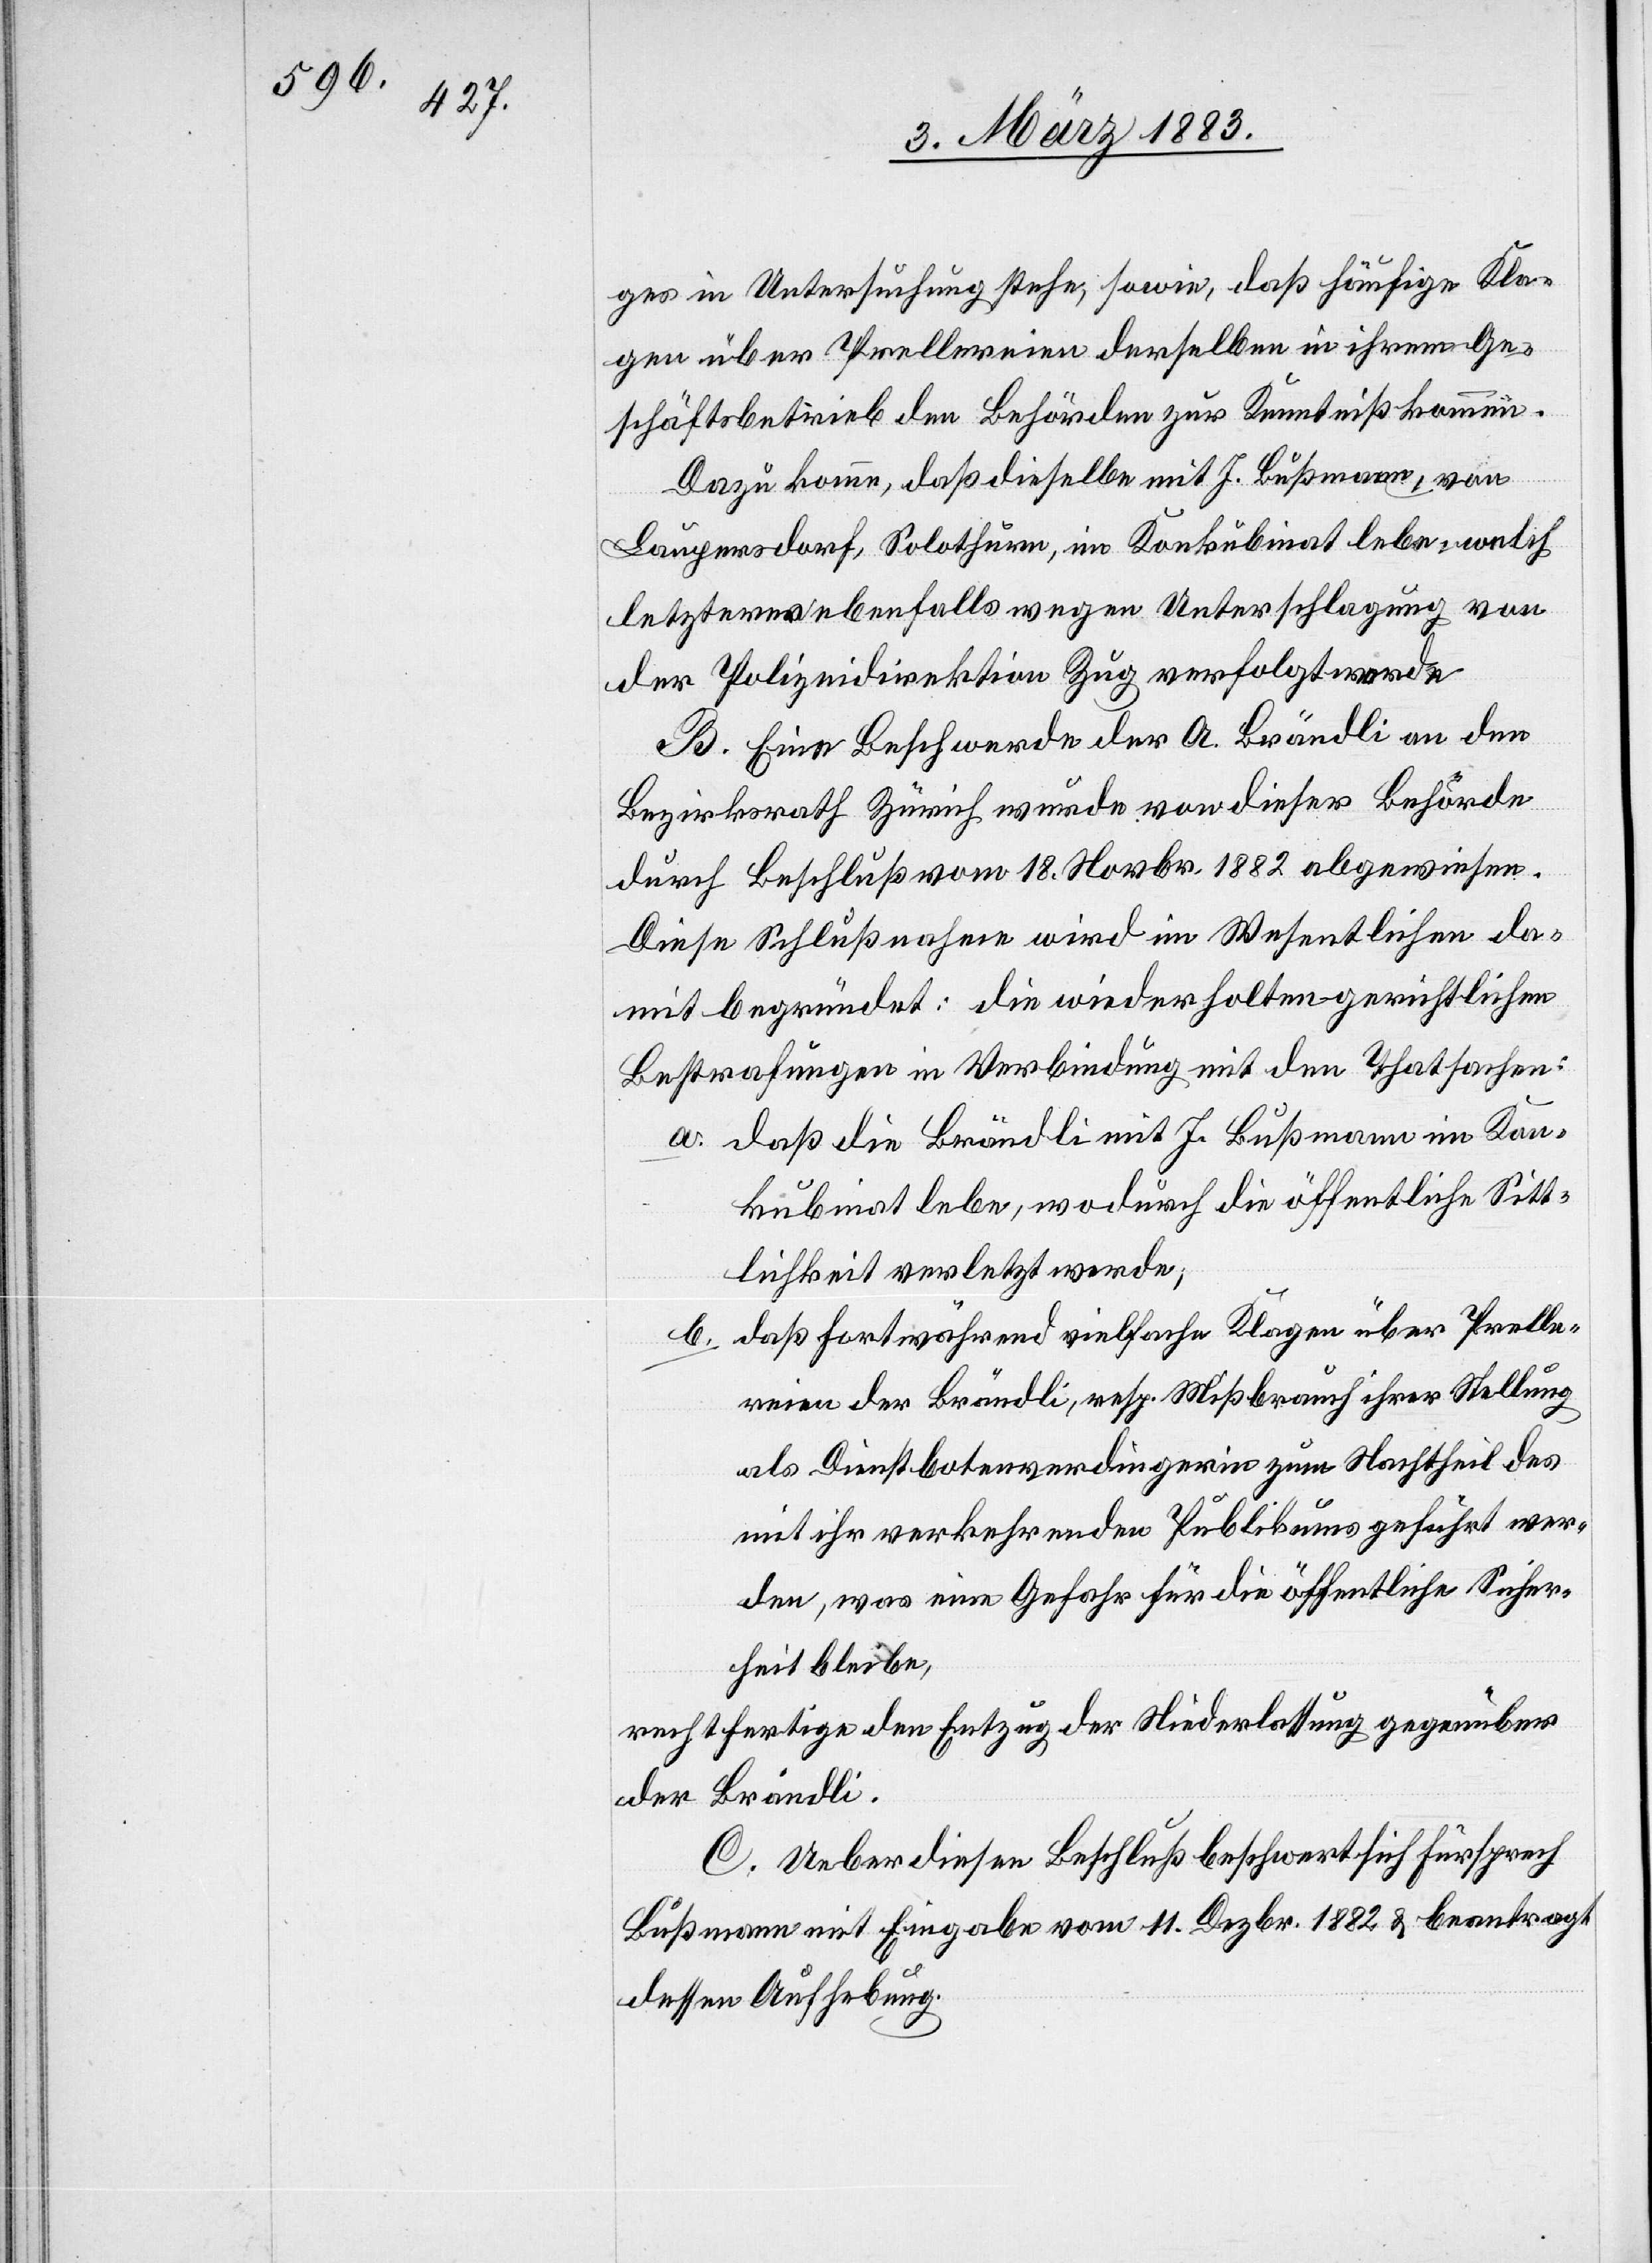
ges in Untersuchung stehe, sowie, daß häufige Kla¬
gen über Prellereien derselben in ihrem Ge¬
schäftsbetrieb den Behörden zur Kenntniß kommen.
Dazu komme, daß dieselbe mit J. Bußmann, von
Laupersdorf, Solothurn, im Konkubinat lebe, welch
letztere[?r] ebenfalls wegen Unterschlagung von
der Polizeidirektion Zug verfolgt w[?e]rde.
B. Eine Beschwerde der A. Brändli an den
Bezirksrath Zürich wurde von dieser Behörde
durch Beschluß vom 18. Novbr. 1882 abgewiesen.
Diese Schlußnahme wird im Wesentlichen da¬
mit begründet: Die wiederholten gerichtlichen
Bestrafungen in Verbindung mit den Thatsachen:
a. daß die Brändli mit J. Bußmann im Kon¬
kubinat lebe, wodurch die öffentliche Sitt¬
lichkeit verletzt werde;
b. daß fortwährend vielfache Klagen über Prelle¬
reien der Brändli, resp. Mißbrauch ihrer Stellung
als Dienstbotenverdingerin zum Nachtheil des
mit ihr verkehrenden Publikums geführt wer¬
den, was eine Gefahr für die öffentliche Sicher¬
heit bleibe,
rechtfertige den Entzug der Niederlassung gegenüber
der Brändli.
C. Ueber diesen Beschluß beschwert sich Fürsprech
Bußmann mit Eingabe vom 11. Dezbr. 1882 & beantragt
dessen Aufhebung.